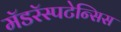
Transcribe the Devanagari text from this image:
मॅडरॅस्पटेन्सिस